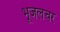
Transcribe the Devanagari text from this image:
भूजलचर